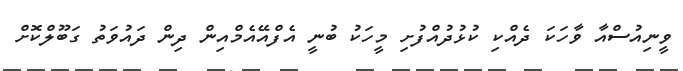
ވީނިއުސްއާ ވާހަކަ ދެއްކި ކުޅުދުއްފުށި މީހަކު ބުނީ އެފްއޭއެމްއިން ދިން ދައުވަތު ގަބޫލްކޮށް